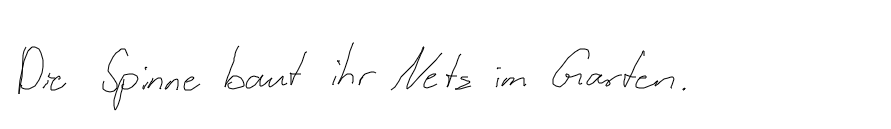
Die Spinne baut ihr Netz im Garten.